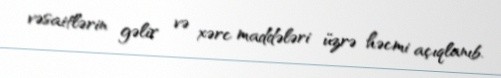
vəsaitlərin gəlir və xərc maddələri üzrə həcmi açıqlanıb.